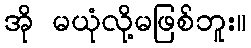
အို မယုံလို့မဖြစ်ဘူး။